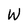
Character: W